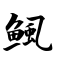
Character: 鲺